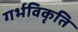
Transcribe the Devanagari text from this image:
गर्भविकृति